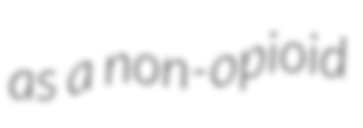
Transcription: as a non-opioid